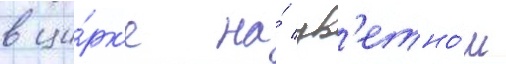
в ци́рк'е на́ цв'етно́м